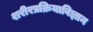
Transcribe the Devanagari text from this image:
शरीरप्रक्रियाविज्ञान